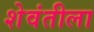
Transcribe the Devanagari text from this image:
शेवंतीला